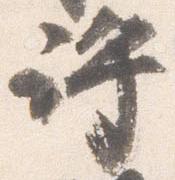
許